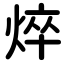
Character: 焠